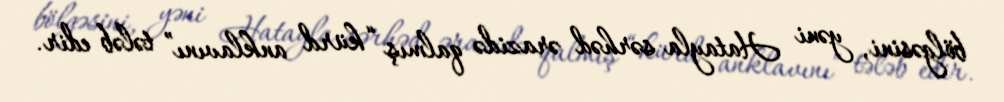
bölgəsini, yəni Hatayla sərhəd ərazidə qalmış “kürd anklavını” tələb edir.